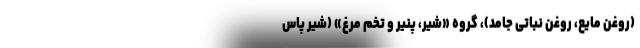
(روغن مایع، روغن نباتی جامد)، گروه «شیر، پنیر و تخم مرغ» (شیر پاس